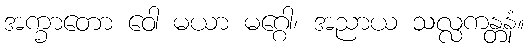
အက္ခာတော ဝေါ မယာ မဂ္ဂေါ၊ အညာယ သလ္လကန္တနံ။